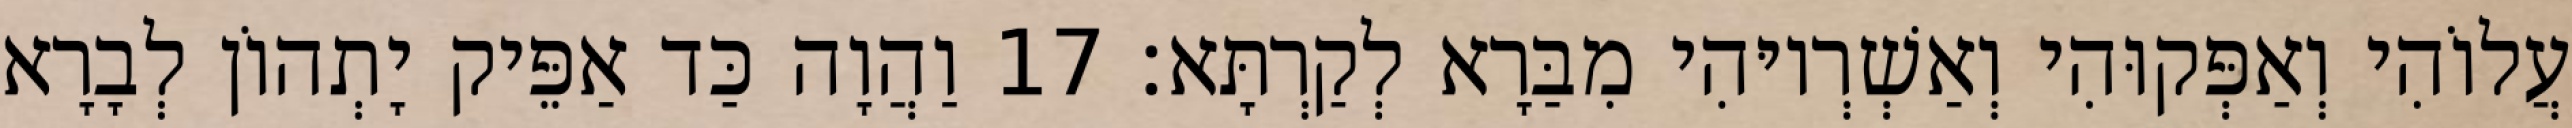
עֲלוֹהִי וְאַפְּקוּהִי וְאַשְׁרְיוּהִי מִבַּרָא לְקַרְתָּא׃ 17 וַהֲוָה כַּד אַפֵּיק יָתְהוֹן לְבָרָא